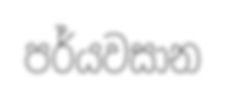
පර්යවසාන